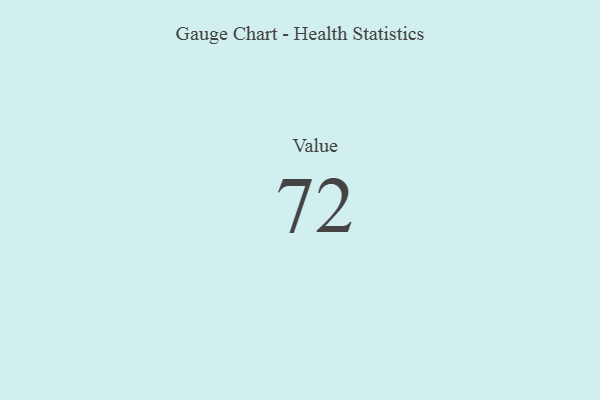
{"axis": {"x": "Metric", "y": "Value"}, "legend": [""], "data": [{"x": "Value", "y": 72, "type": ""}]}